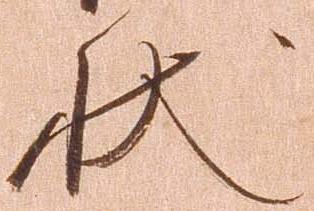
状